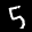
Label: 5